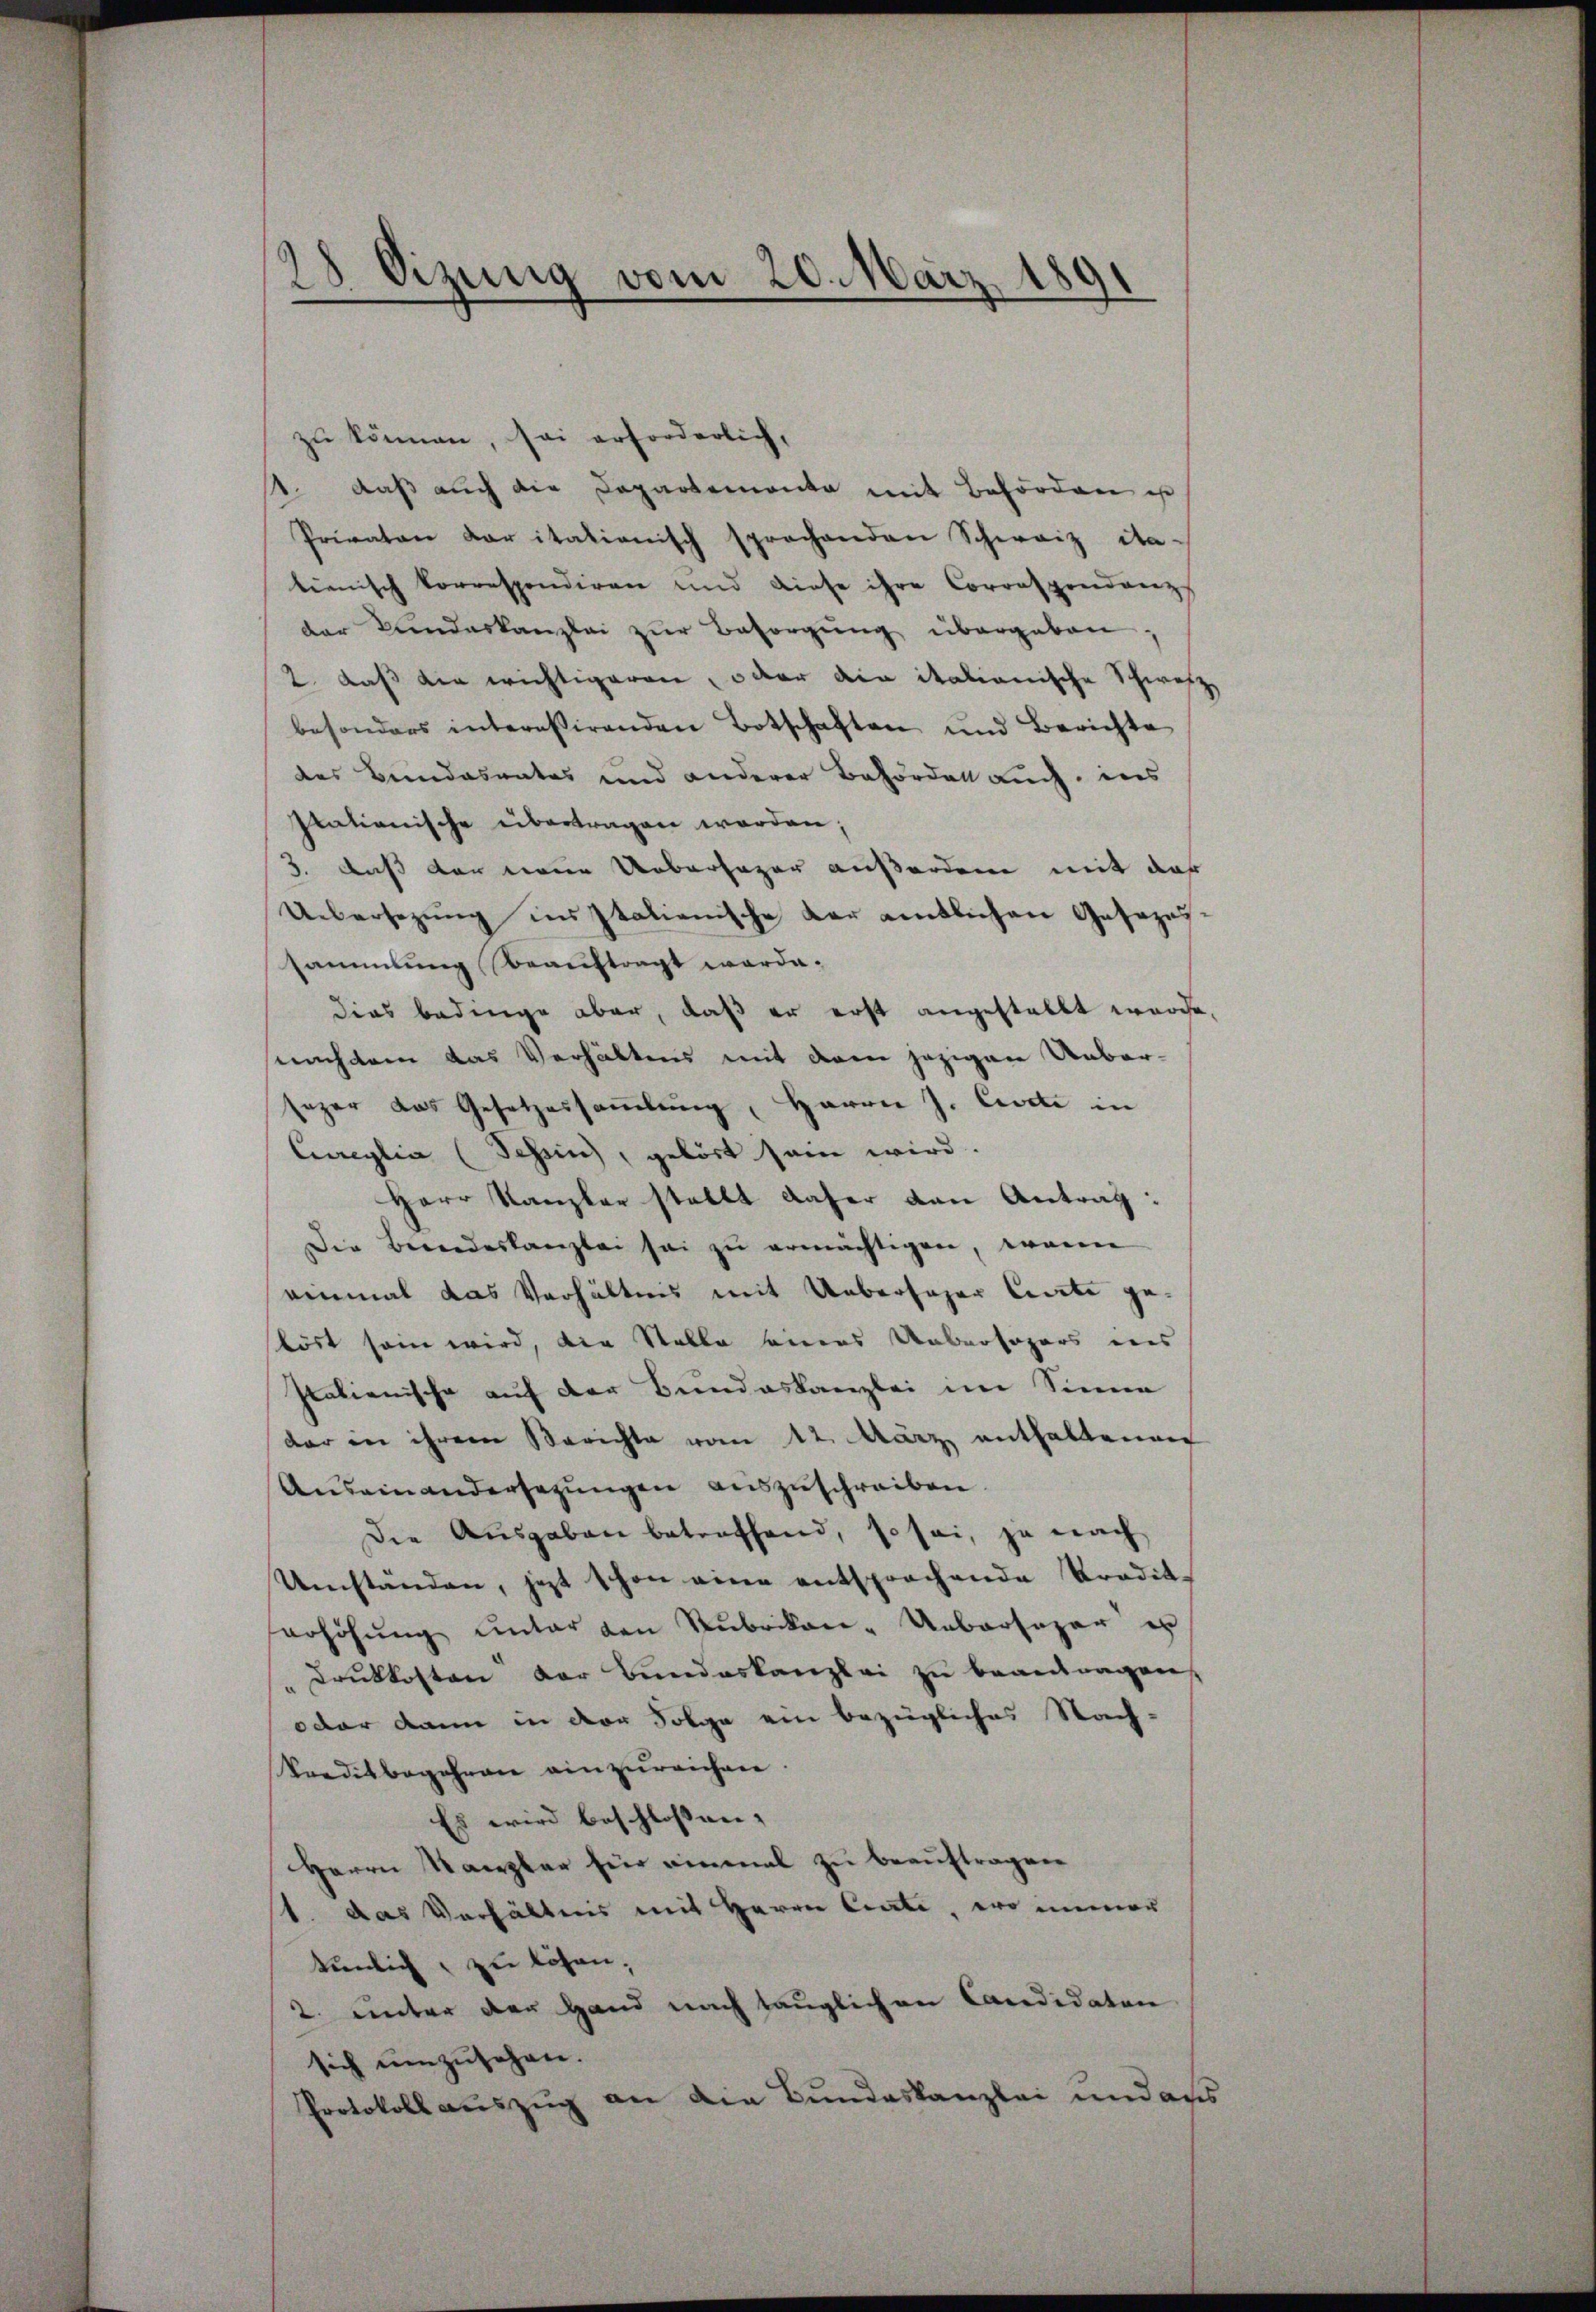
zu können, sei erforderlich,
1. daß auch die Departemente mit Behörden ist
Privaten daritationisch sprachenden Schweiz ita-
tienisch korrespondiren und diese ihre Correspondanzs
der Bundeskanzlei zŭr Besorgŭng übergeben.
2. daß die wichtigeren, oder die itationische Schweiz,
besonders interessirenden Botschaften und Berichte
des Bundesrates und anderer Behördell auch, ins
Itationische übertragen worden;
3. daß der neue Uebersager außerden mit das
Uebersezung in Italienische der amtlichen Gesezessammlung Beauftragt worde-
dies bedinge aber, daß er erst angestellt wurde,
nachdem das Verhältnis mit dem jezigen Unbarsazer das Gesetzessaṁlŭng, Herrn J. Civiti in
Cureglia (Schein), gelöst sein wird.
Herr Kanzler stellt daher den Antrag:
Die Bewendeskanzlei sei zŭ ermächtigen, wenn
einmal das Verhältnis mit Ueberfüger leite gestört sein wird, die Stelle eines Unbeofogers des
Italienische auf der Bundeskanzlei im Sinne
dar in ihrem Berichte vom 12. März enthaltenen
Auseinandersezungen auszuschreiben.
Die Ausgaben betreffend, so sei, ja nach
Umständen, jetzt schon eine entsprochende Tradik-
erhöhŭng unter den Rubrikon-Uebersager er
"Druckkosten der Bundeskanzlei zu beantragen
oder dann in der Folge ein bezügliches Nach-
Kreditbegehren einzŭreichen.
Es wird beschlossen:
Herrn Kanzler für einmal zu beauftragen
st. Das Verhältnis mit Herrn Centi, wo immer
tunlich zu lösen;
2. unter der Hand nach tauglichen Candidaten
sich umzusehen.
Protokoll auszug an die Bundeskanzlei und aus

28 Oizung vom 20. März 1891